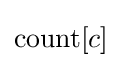
\mathrm {count} [c]